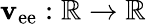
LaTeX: \mathbf{v}_{\mathrm{{ee}}}:\mathbb{{R}}\rightarrow\mathbb{{R}}